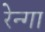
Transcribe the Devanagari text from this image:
रेन्गा